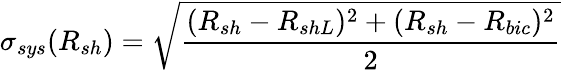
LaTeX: \sigma_{sys}(R_{sh})=\sqrt{\frac{(R_{sh}-R_{shL})^{2}+(R_{sh}-R_{bic})^{2}}{2}}